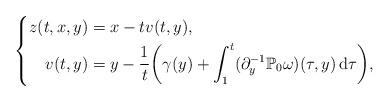
LaTeX: \begin{align*}\left\{\begin{aligned}z(t,x,y)&=x-tv(t,y),\\v(t,y)&=y-\frac{1}{t}\bigg(\gamma(y)+\int_{1}^t (\partial_y^{-1}\mathbb{P}_0\omega)(\tau,y)\,\mathrm{d}\tau\bigg),\end{aligned}\right.\end{align*}